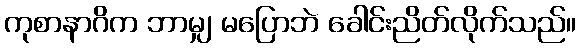
ကုစာနာဂိက ဘာမျှ မပြောဘဲ ခေါင်းညိတ်လိုက်သည်။